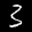
Label: 3